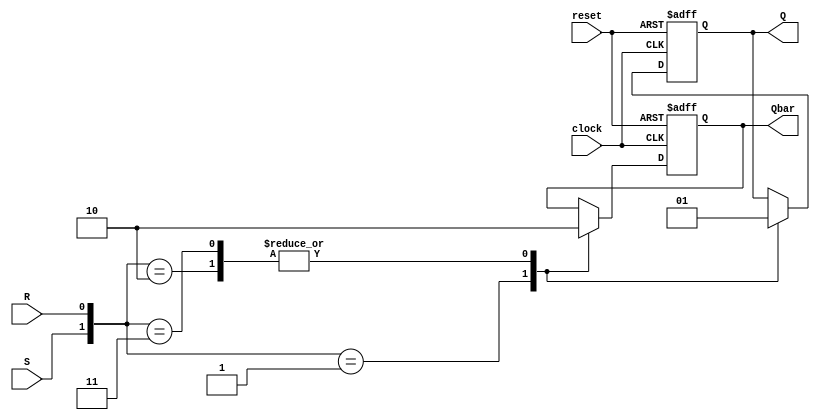
//4-BIT RIPPLE COUNTER USING RS FLI; FLOP

//R-S FLIP FLOP
module RS_FLIP_FLOP (Q, Qbar, clock, reset, S, R);
    input S, R, clock, reset;
    output reg Q, Qbar;

    always @ (posedge clock or posedge reset)
    begin
        if (reset) begin
            Q <= 1'b0;
            Qbar <= 1'b1;
        end
        else begin
            case ({S, R})
                2'b01: begin
                    Q <= 1'b0;
                    Qbar <= 1'b1;
                end
                2'b10: begin
                    Q <= 1'b1;
                    Qbar <= 1'b0;
                end
                2'b11: begin
                    Q <= 1'b1;
                    Qbar <= 1'b0;
                end
            endcase
        end
    end
endmodule

//IMPLEMENT A D FLIP FLOP USING RS FLIP FLOP
module D_FLIP_FLOP (Q, Qbar, clock, reset, D);
    input clock, reset, D;
    output Q, Qbar;

    RS_FLIP_FLOP RSFF (Q, Qbar, clock, reset, D, ~D);
endmodule

//IMPLEMENT 4-BIT COUNTER USING D FLIP FLOPS
module RIPPLE_COUNTER (counterOutput, clock, reset);
    input clock, reset;
    output [3: 0] counterOutput;
    wire [3: 0] Qbar;

    D_FLIP_FLOP DFF0(counterOutput[0], Qbar[0], clock, reset,  Qbar[0]);
    D_FLIP_FLOP DFF1(counterOutput[1], Qbar[1], Qbar[0], reset, Qbar[1]);
    D_FLIP_FLOP DFF2(counterOutput[2], Qbar[2], Qbar[1], reset, Qbar[2]);
    D_FLIP_FLOP DFF3(counterOutput[3], Qbar[3], Qbar[2], reset, Qbar[3]);
endmodule

//INITIALISE 8X8 MEMORY BANKS WITH DATA AND PARITY
module MEM1 (address, data_out, parity_out);
    input [2: 0] address;
    output [7: 0] data_out;
    output parity_out;

    //REGISTERS TO HOLD DATA
    reg [7: 0] memory [7: 0];
    //REGISTERS TO HOLD PARITY
    reg [7: 0] parity;

    //INITIALISE
    initial begin
        parity = 8'b11111111;
        memory[0] = 8'b00011111;

        memory[1] = 8'b00110001;

        memory[2] = 8'b01010011;

        memory[3] = 8'b01110101;

        memory[4] = 8'b10010111;

        memory[5] = 8'b10111001;

        memory[6] = 8'b11011011;

        memory[7] = 8'b11111101;
    end

    assign data_out = memory[address];
    assign parity_out = parity[address];
endmodule 

module MEM2 (address, data_out, parity_out);
    input [2: 0] address;
    output [7: 0] data_out;
    output parity_out;

    //REGISTERS FOR DATA
    reg [7: 0] memory [7: 0];
    //REGISTERS FOR PARITY;
    reg [7: 0] parity;

    initial begin
        parity = 8'b00000000;
        memory[0] = 8'b00000000;
        memory[1] = 8'b00100010;
        memory[2] = 8'b01000100;
        memory[3] = 8'b01100110;
        memory[4] = 8'b10001000;
        memory[5] = 8'b10101010;
        memory[6] = 8'b11001100;
        memory[7] = 8'b11101110;
    end

    assign data_out = memory[address];
    assign parity_out = parity[address];
    
endmodule


//FETCH DATA; TAKE INPUT FROM RIPPLE COOUNTER AND OUTPUT THE DATA AND PARIITY

//2TO1 MUX 1 BIT
module MUX2TO1 (in1, in2, sel, out);
    input in1, in2, sel;
    output out;

    assign out = sel ? in2 : in1;
endmodule

//16TO8 MUX USING 2TO1 MUXES
module MUX16TO8 (in1, in2, sel, out);
    input [7: 0] in1, in2;
    input sel;
    output [7: 0] out;

    MUX2TO1 MUX0(in1[0], in2[0], sel, out[0]);
    MUX2TO1 MUX1(in1[1], in2[1], sel, out[1]);
    MUX2TO1 MUX2(in1[2], in2[2], sel, out[2]);
    MUX2TO1 MUX3(in1[3], in2[3], sel, out[3]);
    MUX2TO1 MUX4(in1[4], in2[4], sel, out[4]);
    MUX2TO1 MUX5(in1[5], in2[5], sel, out[5]);
    MUX2TO1 MUX6(in1[6], in2[6], sel, out[6]);
    MUX2TO1 MUX7(in1[7], in2[7], sel, out[7]);

endmodule

//FETCH THE FINAL DATA AND PARITY
module FETCH_DATA (counterOutput, data_out, parity_out);
    input [3: 0] counterOutput;
    output [7: 0] data_out;
    output parity_out;

    wire [7: 0] data_out1, data_out2;
    wire parity_out1, parity_out2;

    MEM1 mem1(counterOutput[2: 0], data_out1, parity_out1);
    MEM1 mem2(counterOutput[2: 0], data_out2, parity_out2);

    MUX16TO8 MUXDATA(data_out1, data_out2, counterOutput[3], data_out);
    MUX2TO1 MUXPAR(parity_out1, parity_out2, counterOutput[3], parity_out);
endmodule

//RECOMPUTE THE ODD PARITY FROM DATA AND COMPARE WITH STORED PARITY
module PARITY_CHECKER(data, parity, parity_compute, result);
    input [7: 0] data;
    input parity;
    output result;
    output parity_compute;

    assign parity_compute = ^data;
    assign result = (parity == parity_compute) ? 1: 0;
endmodule

//INTEGRATE THE OVERALL DESIGN
module DESIGN (clock, reset, data_out, result);
    input clock, reset;
    output result;
    output [7: 0] data_out;

    wire [3: 0] counterOutput;
    wire parity_out, parity_compute;
    
    RIPPLE_COUNTER COUNTER(counterOutput, clock, reset);
    FETCH_DATA DATA(counterOutput, data_out, parity_out);
    PARITY_CHECKER CHECKER(data_out, parity_out, parity_compute, result);
endmodule

module TESTBENCH;
    reg clock, reset;
    wire [7: 0] data_out;
    wire result;

    DESIGN DP(clock, reset, data_out, result);

    initial begin
        clock = 1'b0;
        reset = 1'b1;
    end

    initial
        begin
        $dumpfile("filename.vcd");
        $dumpvars;
    end
    always #5 clock = ~clock;

    initial begin
        $monitor ($time, " RESET = %b COUNTER OP = %b, DATA OP = %b PARITY OP = %b PARITY COMPUTE = %b MATCH = %b\n", reset, DP.counterOutput, data_out, DP.parity_out, DP.parity_compute, result);
        #5 reset = 1'b0;
        #1000 $finish;
    end
endmodule